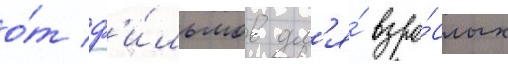
о́т ф'и́льмов дл'я́ взро́слых